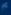
"